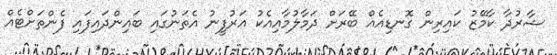
ޝާރުދާ ކާމޭޒު ކައިރިން ގޮނޑިއެއް ބޭރަށް ދަމާލުމާއިއެކު އަރުފީނު އެތަނުގައި ބައިންދައިފައި ފެންތަށްޓެއް